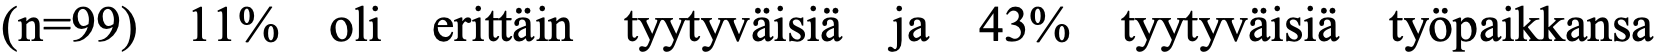
(n=99) 11% oli erittäin tyytyväisiä ja 43% tyytyväisiä työpaikkansa